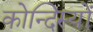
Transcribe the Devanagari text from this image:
कोन्दिस्यों